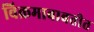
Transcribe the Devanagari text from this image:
विक्रमाबाबतीत